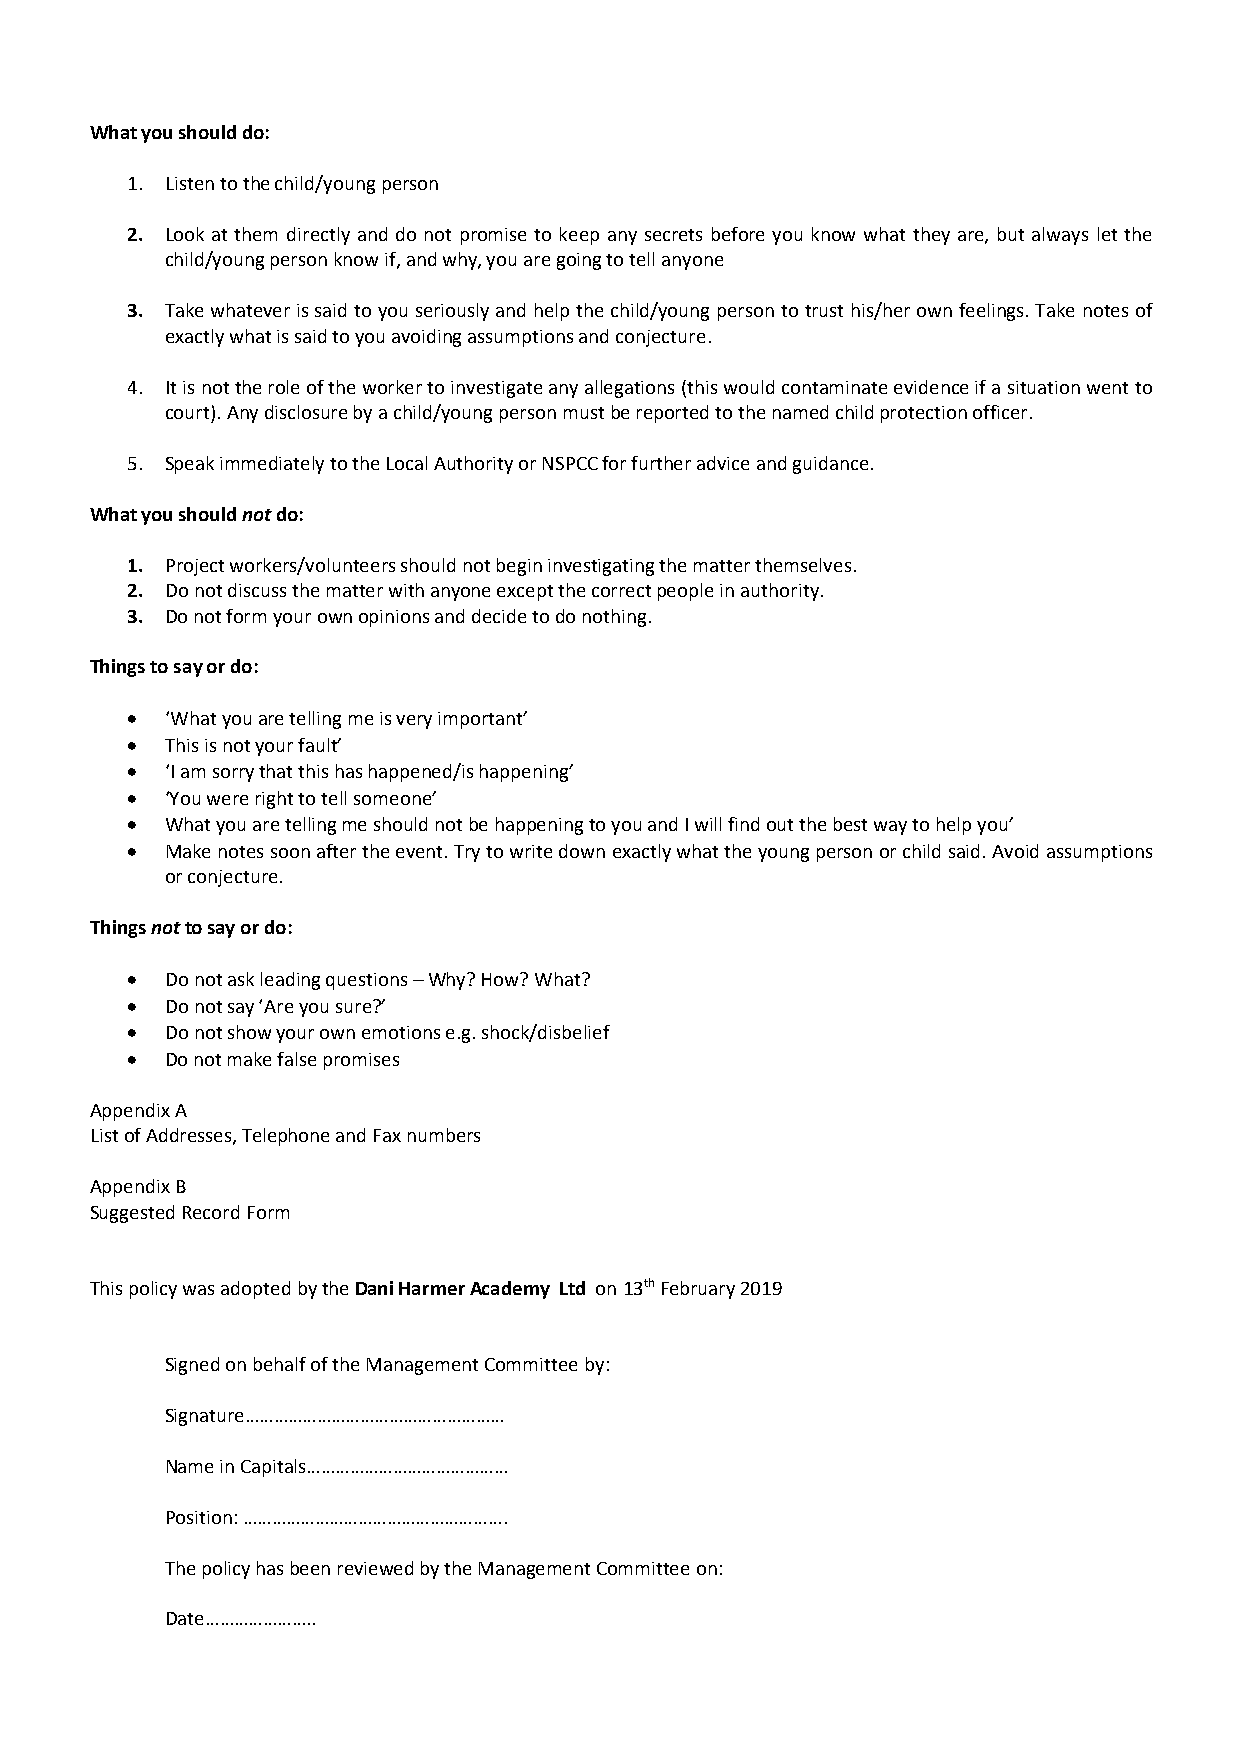
What you should do:
 1. Listen to the child/young person
 2. Look at them directly and do not promise to keep any secrets before you know what they are, but always let the
 child/young person know if, and why, you are going to tell anyone
 3. Take whatever is said to you seriously and help the child/young person to trust his/her own feelings. Take notes of
 exactly what is said to you avoiding assumptions and conjecture.
 4. It is not the role of the worker to investigate any allegations (this would contaminate evidence if a situation went to
 court). Any disclosure by a child/young person must be reported to the named child protection officer.
 5. Speak immediately to the Local Authority or NSPCC for further advice and guidance.
 What you should not do:
 1. Project workers/volunteers should not begin investigating the matter themselves.
 2. Do not discuss the matter with anyone except the correct people in authority.
 3. Do not form your own opinions and decide to do nothing.
 Things to say or do:
 •  ‘What you are telling me is very important’
 •  This is not your fault’
 •  ‘I am sorry that this has happened/is happening’
 •  ‘You were right to tell someone’
 •  What you are telling me should not be happening to you and I will find out the best way to help you’
 •  Make notes soon after the event. Try to write down exactly what the young person or child said. Avoid assumptions
 or conjecture.
 Things not to say or do:
 •  Do not ask leading questions – Why? How? What?
 •  Do not say ‘Are you sure?’
 •  Do not show your own emotions e.g. shock/disbelief
 •  Do not make false promises
 Appendix A
 List of Addresses, Telephone and Fax numbers
 Appendix B
 Suggested Record Form
 This policy was adopted by the Dani Harmer Academy Ltd on 13th February 2019
 Signed on behalf of the Management Committee by:
 Signature………………………………………………
 Name in Capitals……………………………………
 Position: ……………………………………………….
 The policy has been reviewed by the Management Committee on:
 Date…………………..